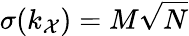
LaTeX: \sigma(k_{\mathcal{X}})=M\sqrt{N}